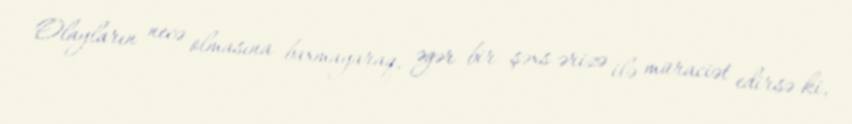
Olayların necə olmasına baxmayaraq, əgər bir şəxs ərizə ilə müraciət edirsə ki,